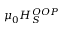
\mu _ { 0 } H _ { S } ^ { O O P }